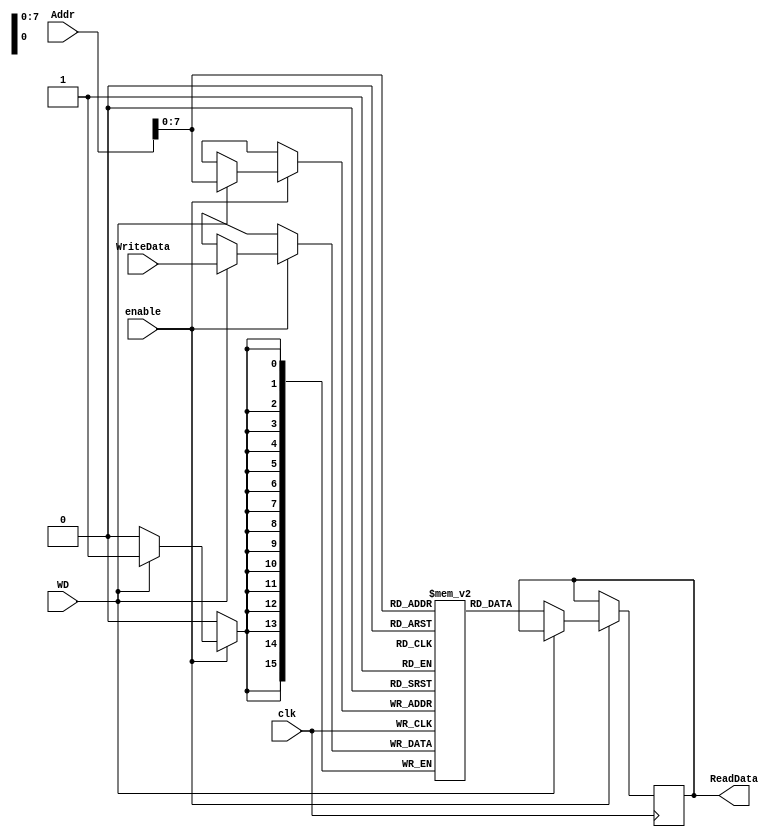
module MU(
input clk,                  // Clock        
input [11:0] Addr,          // address of memory to store or write
input [15:0] WriteData,     // memory data being written to address
input enable,               // Enable
input WD,                   // 1 if we are writing data, other wise output data at memory location
output reg [15:0] ReadData  // output data memory 
);
    
    reg [15:0] Memory [255:0]; // 255 word length of 16 bits
    
    /*Perform the memory operation*/
    always @ (posedge clk) begin
        if (enable) begin
            if (WD) begin   // Write data to memory
                Memory[Addr] <= WriteData;
            end
            else begin  // Read data from memory
                 ReadData <= Memory[Addr]; 
            end
        end
    end
    
    
    initial begin // Store some values in memory
        Memory[0] = 'h0010;
        Memory[1] = 'h0001;
        Memory[2] = 'h000A;
        Memory[3] = 'h0FFF;
    end
endmodule